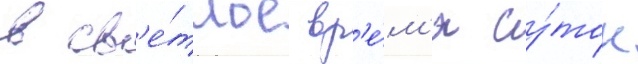
в св'е́тлое вр'е́м'я су́ток